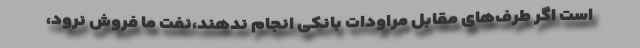
است اگر طرف‌های مقابل مراودات بانکی انجام ندهند،نفت ما فروش نرود،